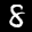
Label: 8